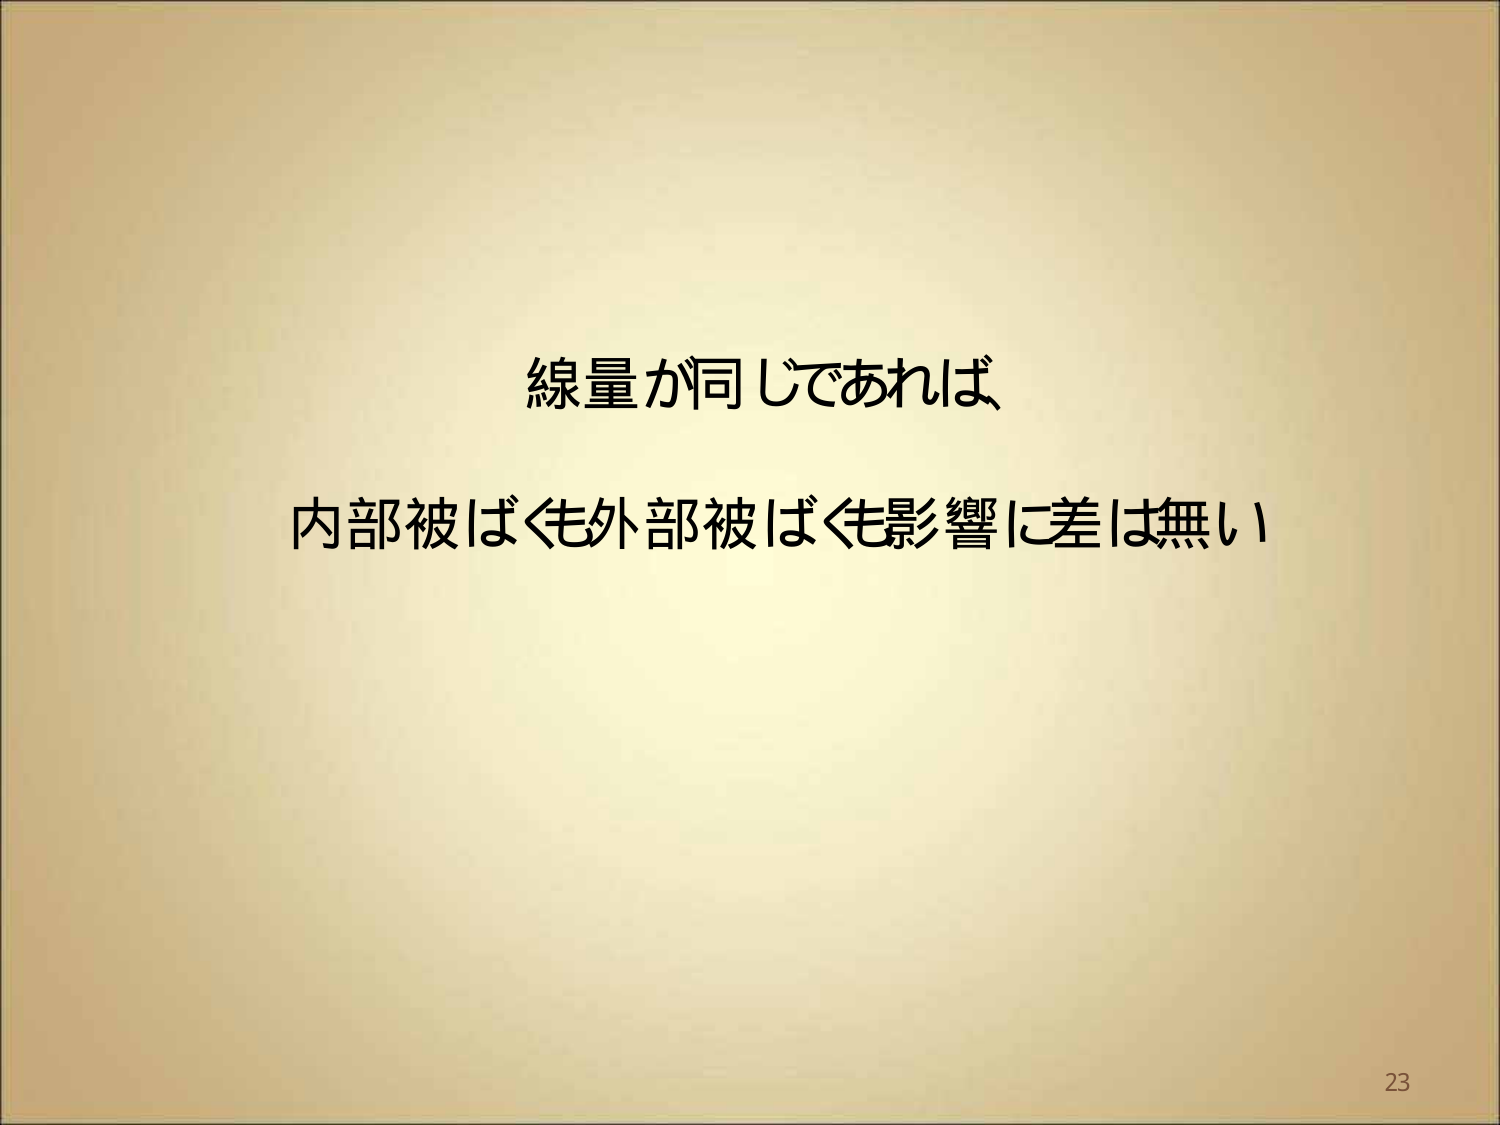
線量が同じであれば
内部被ばくも外部被ばくも影響に差は無い
23